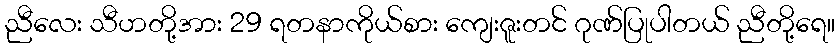
ညီလေး သီဟတို့အား 29 ရတနာကိုယ်စား ကျေးဇူးတင် ဂုဏ်ပြုပါတယ် ညီတို့ရေ။